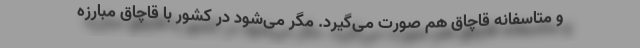
و متاسفانه قاچاق هم صورت می‌گیرد. مگر می‌شود در کشور با قاچاق مبارزه